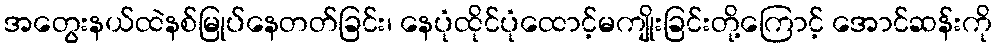
အတွေးနယ်ထဲနစ်မြုပ်နေတတ်ခြင်း၊ နေပုံထိုင်ပုံထောင့်မကျိုးခြင်းတို့ကြောင့် အောင်ဆန်းကို